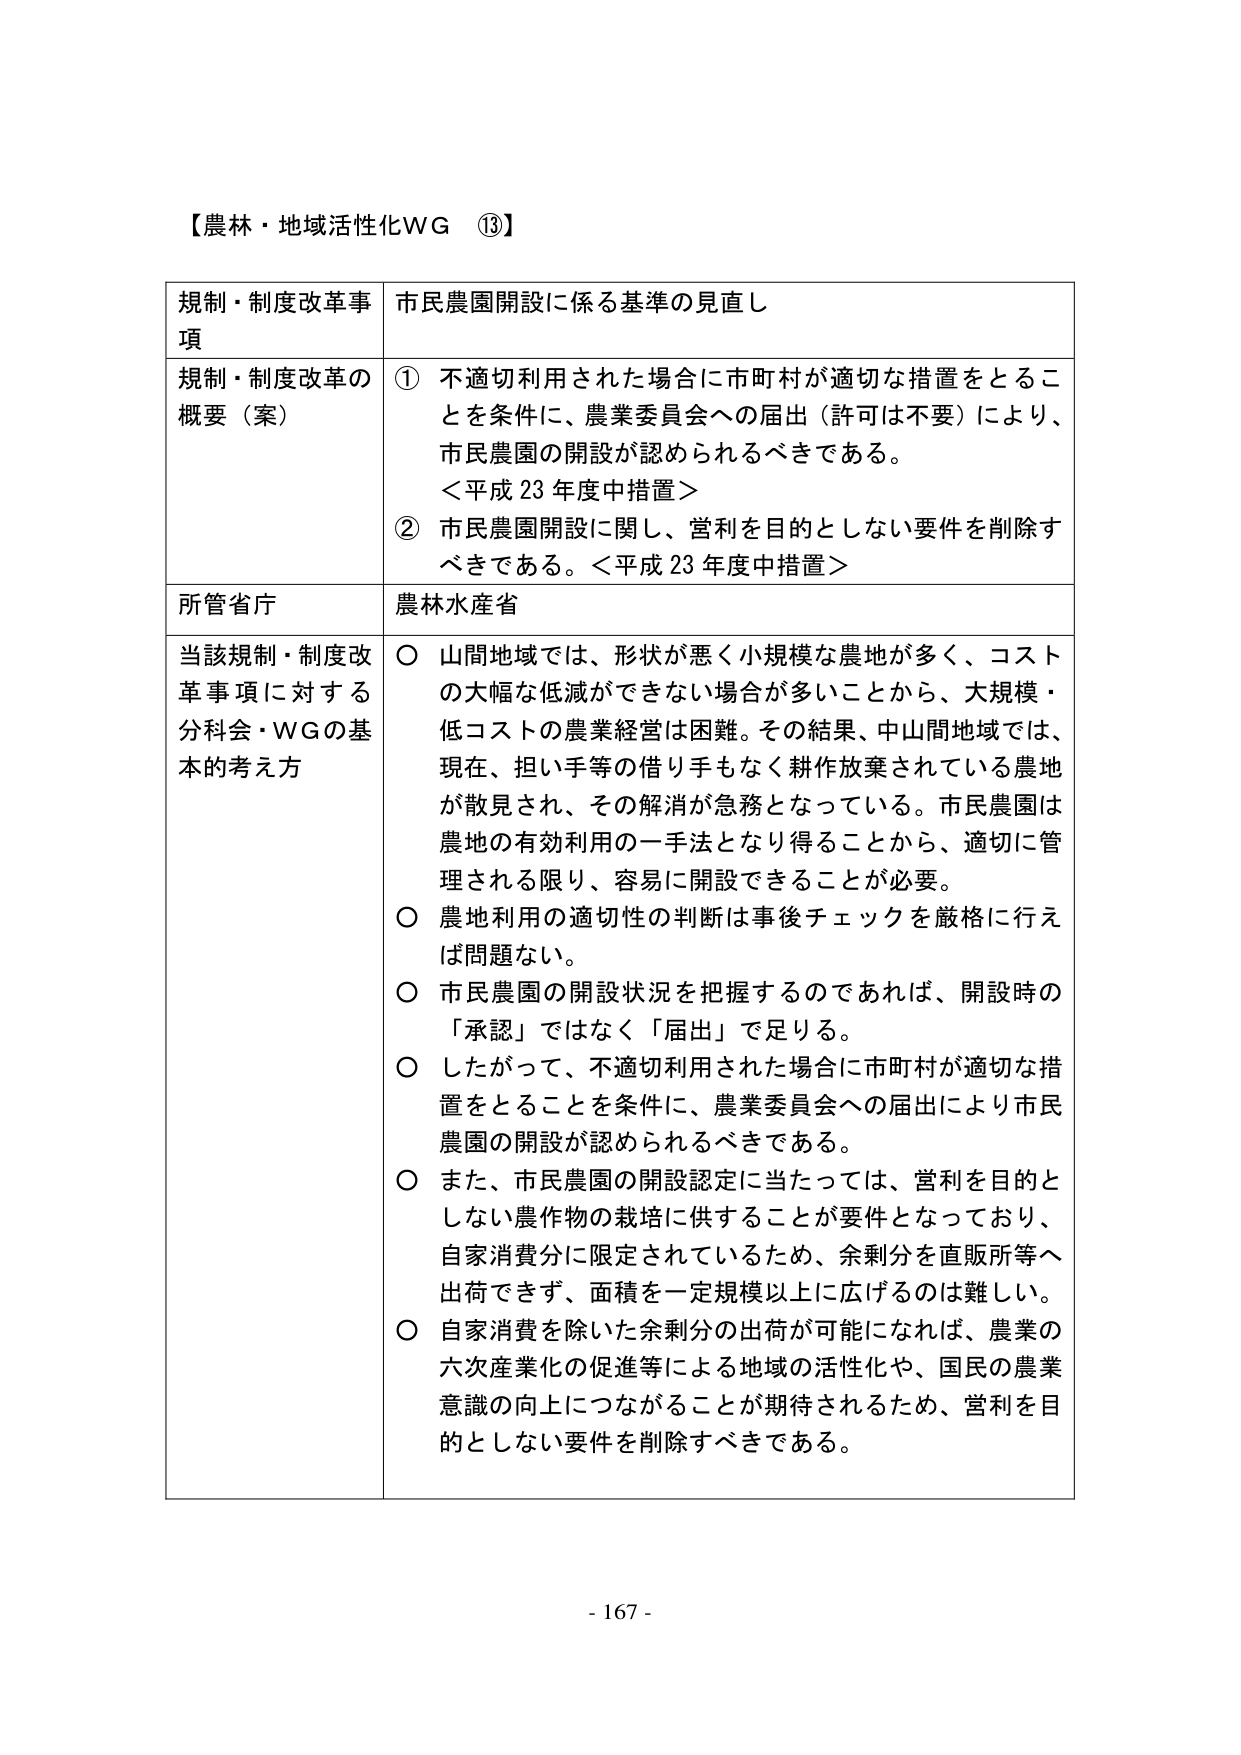
【農林・地域活性化WG ⑬】

規制・制度改革事項　市民農園開設に係る基準の見直し

規制・制度改革の概要（案）　① 不適切利用された場合に市町村が適切な措置をとることを条件に、農業委員会への届出（許可は不要）により、市民農園の開設が認められるべきである。
＜平成23年度中措置＞
② 市民農園開設に関し、営利を目的としない要件を削除すべきである。＜平成23年度中措置＞

所管省庁　農林水産省

当該規制・制度改革事項に対する分科会・WGの基本的考え方
○ 山間地域では、形状が悪く小規模な農地が多く、コストの大幅な低減ができない場合が多いことから、大規模・低コストの農業経営は困難。その結果、中山間地域では、現在、担い手等の借り手もなく耕作放棄されている農地が散見され、その解消が急務となっている。市民農園は農地の有効利用の一手法となり得ることから、適切に管理される限り、容易に開設できることが必要。
○ 農地利用の適切性の判断は事後チェックを厳格に行えば問題ない。
○ 市民農園の開設状況を把握するのであれば、開設時の「承認」ではなく「届出」で足りる。
○ したがって、不適切利用された場合に市町村が適切な措置をとることを条件に、農業委員会への届出により市民農園の開設が認められるべきである。
○ また、市民農園の開設認定に当たっては、営利を目的としない農作物の栽培に供することが要件となっており、自家消費分に限定されているため、余剰分を直販所等へ出荷できず、面積を一定規模以上に広げるのは難しい。
○ 自家消費を除いた余剰分の出荷が可能になれば、農業の六次産業化の促進等による地域の活性化や、国民の農業意識の向上につながることが期待されるため、営利を目的としない要件を削除すべきである。

- 167 -